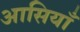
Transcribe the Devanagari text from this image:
आसियाँ